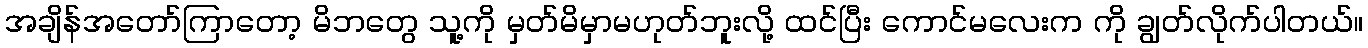
အချိန်အတော်ကြာတော့ မိဘတွေ သူ့ကို မှတ်မိမှာမဟုတ်ဘူးလို့ ထင်ပြီး ကောင်မလေးက ကို ချွတ်လိုက်ပါတယ်။